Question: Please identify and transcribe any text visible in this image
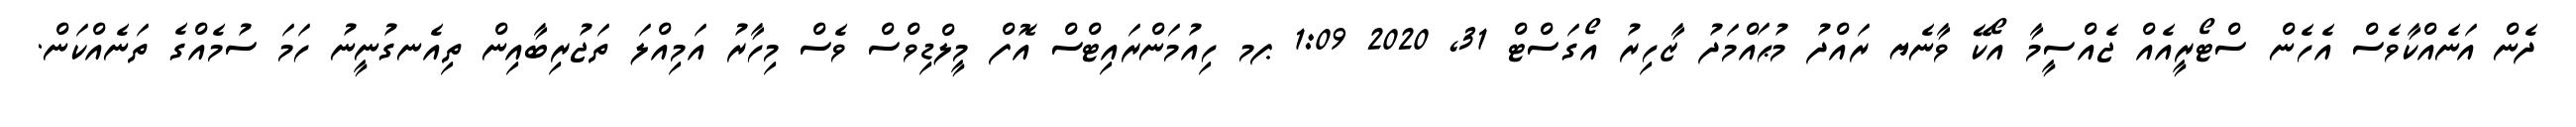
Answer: ދެން އަނެއްކާވެސް އެހެން ސްޓޯރީއެއް ޖެއްސީމާ އޯކޭ ވާނެޔ ރައްދު މުޙައްމަދު ޒާހިރު އޯގަސްޓް 31, 2020 1:09 ޕމ ހިއުމަންރައިޓްސް އޮފް މީލްޑިވްސް ވެސް މިހާރު އަމިއްލަ ތަޖުރިބާއިން ތިއެނގުނީނު ހަމަ ސުމެއްގެ ތަނެއްކަން.